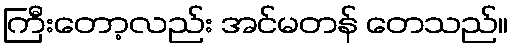
ကြီးတော့လည်း အင်မတန် တေသည်။